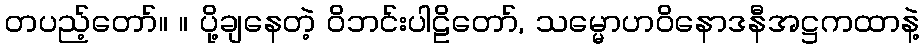
တပည့်တော်။ ။ ပို့ချနေတဲ့ ဝိဘင်းပါဠိတော်, သမ္မောဟဝိနောဒနီအဋ္ဌကထာနဲ့